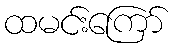
ထမင်းကြော်